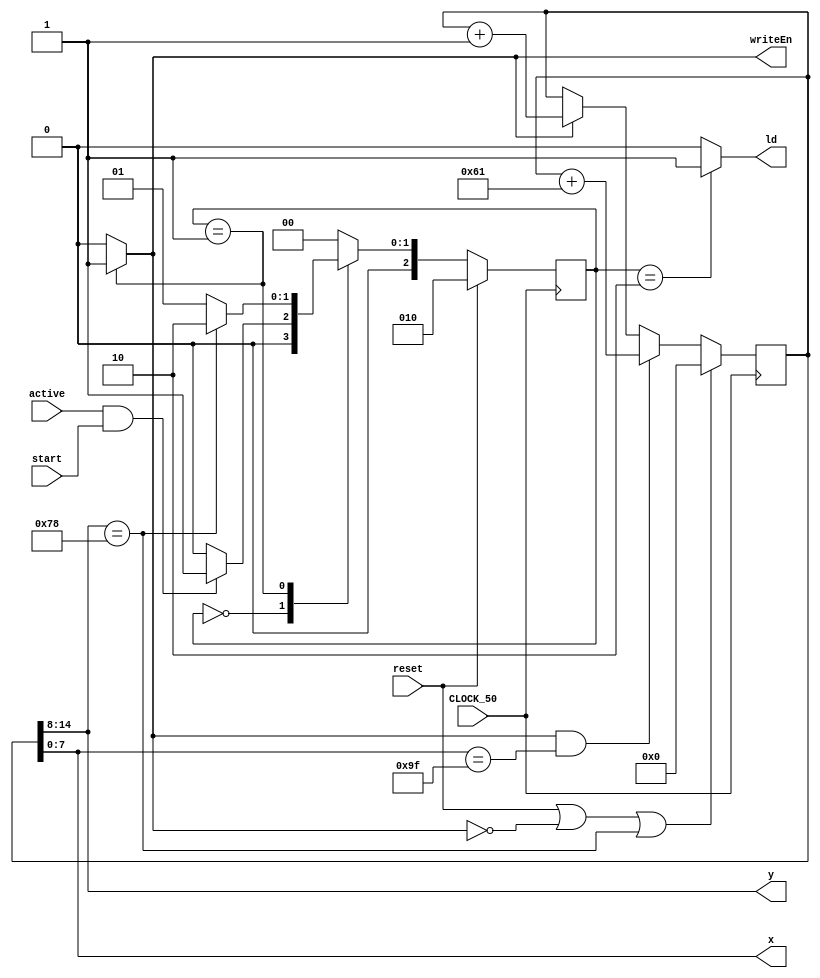
module picture(
	input CLOCK_50, reset, start, active,
	output reg ld, writeEn,
	output [7:0] x,
	output [6:0] y
	);
	
	reg [2:0] current_state, next_state;
	reg [14:0] position;
	
	
// CONTROL	
	
// STATE TABLE
	localparam  S_LOAD   = 3'd0,
					S_PLOT   = 3'd1,
					S_UPDATE = 3'd2;
		 
	always@(*) 
		case (current_state)
			S_LOAD:   next_state = (active && start) ? S_PLOT : S_LOAD;			
			S_PLOT:   next_state = (position[14:8] == 7'd120) ? S_UPDATE : S_PLOT;
			S_UPDATE: next_state = S_LOAD;
			default:  next_state = S_LOAD;
		endcase
	
// ENABLE SIGNALS
	always @(*) begin
		writeEn = 1'b0;
		ld = 1'b0;

		case (current_state)
			S_PLOT: writeEn = 1'b1;
			S_UPDATE: ld = 1'b1;
		endcase
	end

// STATE FFs
	always @(posedge CLOCK_50)
		if (reset) current_state <= S_UPDATE;
		else current_state <= next_state;
	
	
// DATAPATH

// ASSIGNS NEXT PIXEL TO PLOT, SEND IT TO THE TOP MODULE
	assign x = position[7:0];
	assign y = position[14:8];	

// POSITION COUNTER
	always @(posedge CLOCK_50)
		if (reset || ~writeEn || (position[14:8] == 7'd120) ) position <= 15'd0;
		else if (writeEn && (position[7:0] == 8'd159) ) position <= position + 8'd97;
		else if (writeEn) position <= position + 1;
		
endmodule